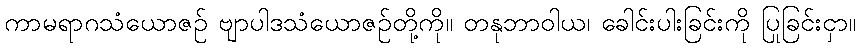
ကာမရာဂသံယောဇဉ် ဗျာပါဒသံယောဇဉ်တို့ကို။ တနုဘာဝါယ၊ ခေါင်းပါးခြင်းကို ပြုခြင်းငှာ။